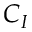
C _ { I }